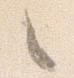
々